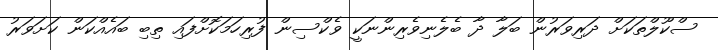
ސްކޫލްތަކަށް ދަރިވަރުން ބަލާ ދާ ބެލެނިވެރިންނަކީ ވެކްސިން ފުރިހަމަކޮށްފައި ތިބި ބައެއްކަން ކަށަވަރު